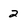
Character: 2